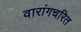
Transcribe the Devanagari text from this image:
वारांगचरित